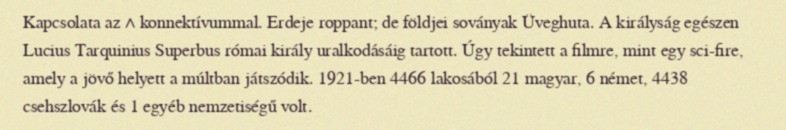
Kapcsolata az ∧ konnektívummal. Erdeje roppant; de földjei soványak Üveghuta. A királyság egészen Lucius Tarquinius Superbus római király uralkodásáig tartott. Úgy tekintett a filmre, mint egy sci-fire, amely a jövő helyett a múltban játszódik. 1921-ben 4466 lakosából 21 magyar, 6 német, 4438 csehszlovák és 1 egyéb nemzetiségű volt.